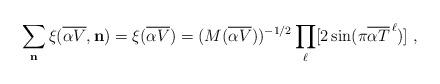
LaTeX: \begin{align*}\sum_{\bf n} \xi({\overline {\alpha V}},{\bf n}) =\xi({\overline {\alpha V}}) = (M({\overline {\alpha V}}))^{-1/2} \prod_\ell[2\sin (\pi {\overline {\alpha T}}^{\, \ell})] ~,\end{align*}